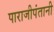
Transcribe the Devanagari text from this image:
पाराजीपंतानी